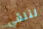
لنلقي